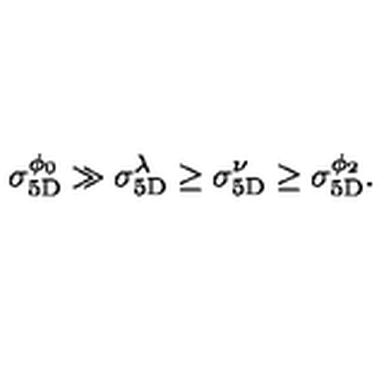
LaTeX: \sigma _ { \mathrm { 5 D } } ^ { \phi _ { 0 } } \gg \sigma _ { \mathrm { 5 D } } ^ { \lambda } \geq \sigma _ { \mathrm { 5 D } } ^ { \nu } \geq \sigma _ { \mathrm { 5 D } } ^ { \phi _ { 2 } } .